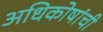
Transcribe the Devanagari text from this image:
अधिकोषांची